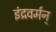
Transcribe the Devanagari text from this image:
इंद्रवर्मन्‌